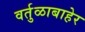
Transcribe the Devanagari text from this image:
वर्तुळाबाहेर